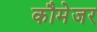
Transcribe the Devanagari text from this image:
कौमेजर